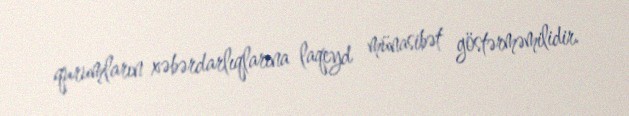
qurumların xəbərdarlıqlarına laqeyd münasibət göstərməmilidir.